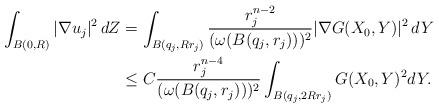
LaTeX: \begin{align*}\int_{B(0,R)}|\nabla u_j|^2\, dZ &=\int_{B(q_j, Rr_j)}\frac{r_j^{n-2}}{(\omega(B(q_j,r_j)))^2}|\nabla G(X_0,Y)|^2\, dY\\&\leq C\frac{r_j^{n-4}}{(\omega(B(q_j,r_j)))^2}\int_{B(q_j, 2Rr_j)} G(X_0,Y)^2 dY. \end{align*}